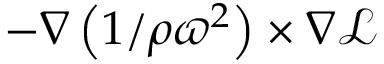
- \nabla \left( { { 1 } / { \rho \varpi ^ { 2 } } } \right) \times \nabla { \mathcal { L } }